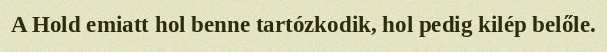
A Hold emiatt hol benne tartózkodik, hol pedig kilép belőle.